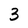
Character: 3